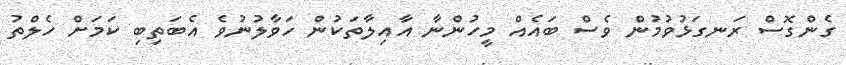
ގެންގޮސް ރަނގަޅުވުމުން ވެސް ބައެއް މީހުންނާ އާއިލާތަކުން ހަވާލުނުވެ އެބަތިބި ކަމަށް ހެލްތު